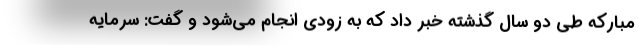
مبارکه طی دو سال گذشته خبر داد که به زودی انجام می‌شود و گفت: سرمایه